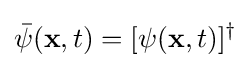
{\bar {\psi }}(\mathbf {x} ,t)=[\psi (\mathbf {x} ,t)]^{\dagger }